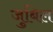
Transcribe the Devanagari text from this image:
जुबिल